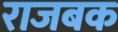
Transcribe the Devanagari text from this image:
राजबक